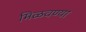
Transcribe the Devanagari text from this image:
मिळवण्या